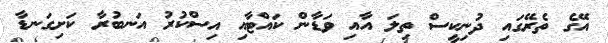
އޭގެ ތެރޭގައި ދުނިކީސް ތިލަ އާއި ވަޑާން ކައްޓާއި އިސްކުރު އަނބުރާ ކަށިގަނޑާ